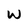
Character: W